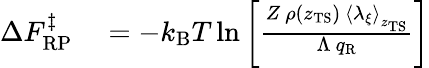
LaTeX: \begin{array}{rl}{\Delta F_{\mathrm{RP}}^{\ddagger}}&{{}=-k_{\mathrm{B}}T\ln\left[\frac{Z\ \rho(z_{\mathrm{TS}})\ \left<\lambda_{\xi}\right>_{z_{\mathrm{TS}}}}{\Lambda\ q_{\mathrm{R}}}\right]}\end{array}